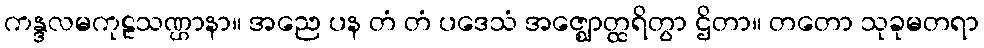
ကန္ဒလမကုဠသဏ္ဌာနာ။ အညေ ပန တံ တံ ပဒေသံ အဇ္ဈောတ္ထရိတွာ ဌိတာ။ တတော သုခုမတရာ